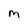
Character: M